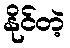
နိုင်တဲ့